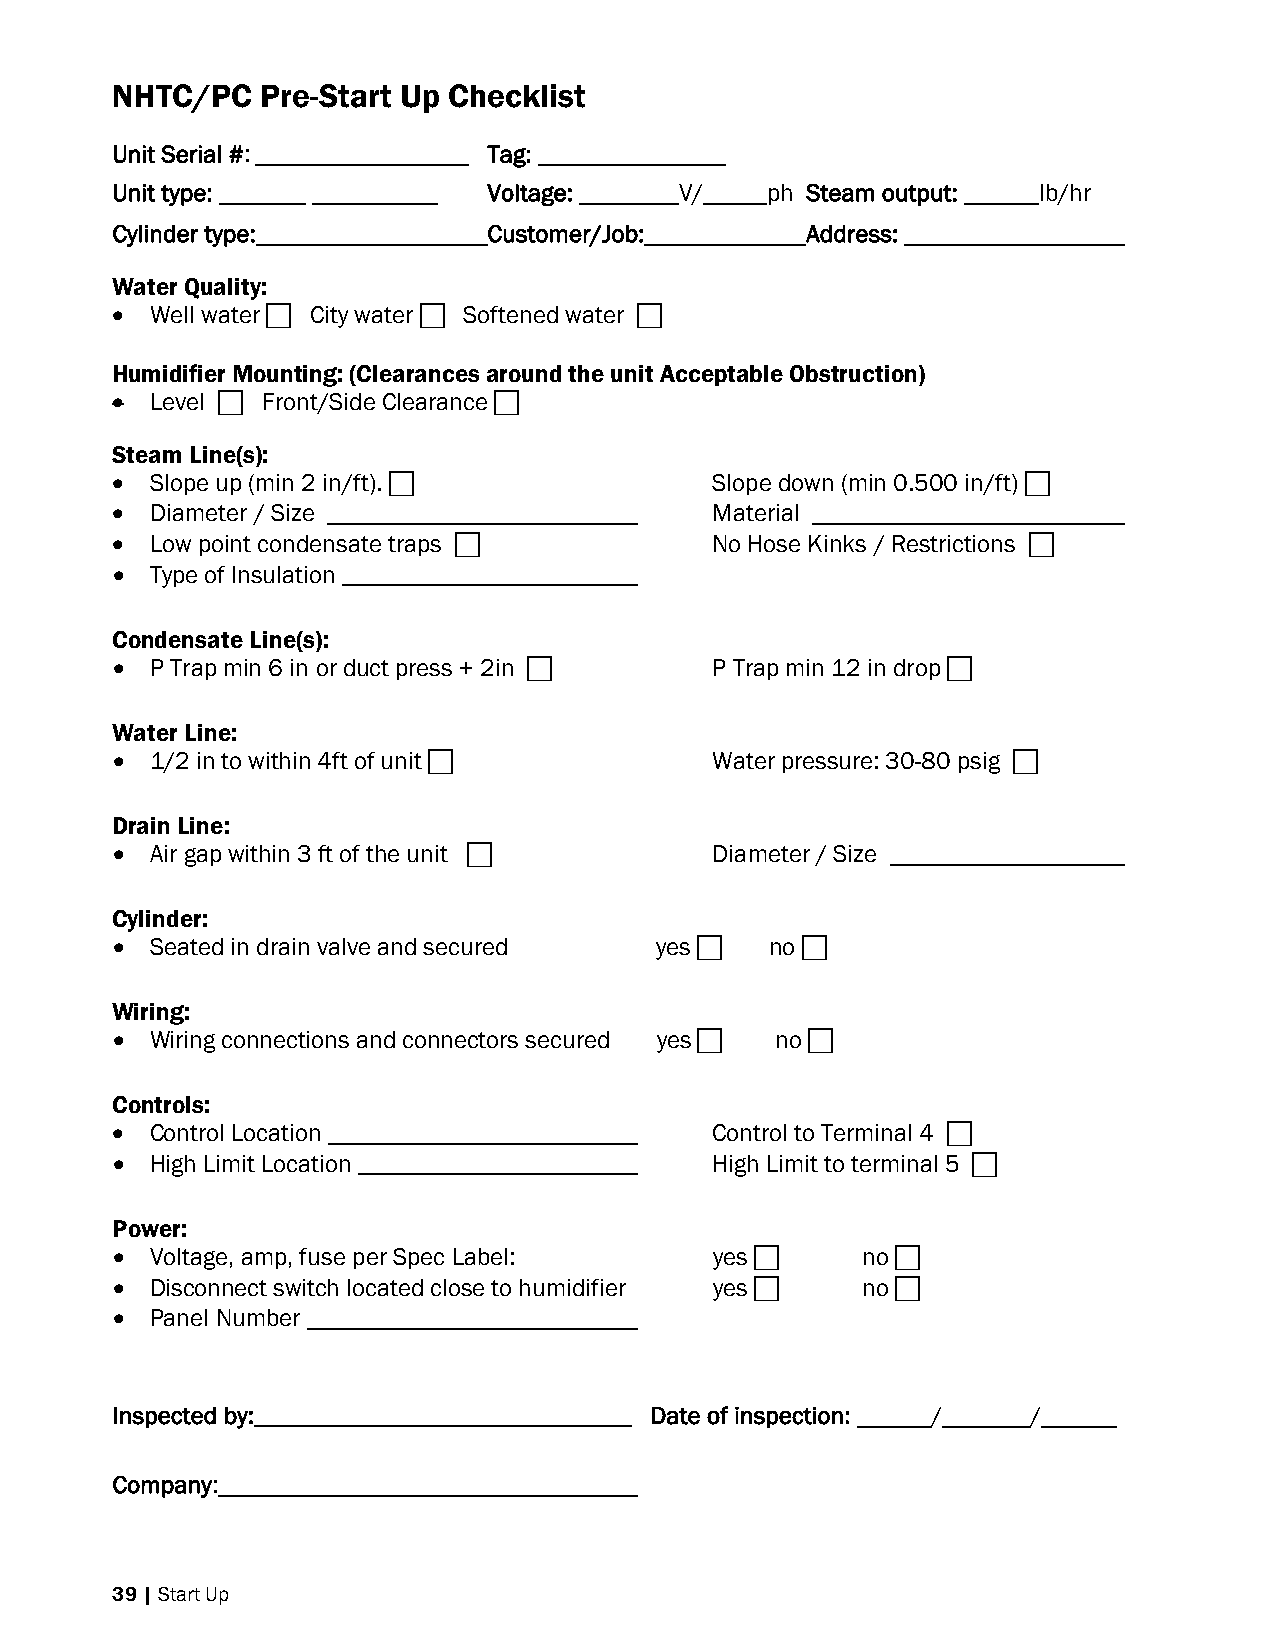
NHTC/PC   Pre-Start Up Checklist
 Unit Serial #: _________________ Tag: _______________
 Unit type: _______ __________ Voltage: ________V/_____ph Steam output: ______lb/hr
 Cylinder type:           Customer/Job:        Address:
 Water Quality:
  Well water  City water  Softened water 
 Humidifier Mounting: (Clearances around the unit Acceptable Obstruction)
  Level  Front/Side Clearance 
 Steam Line(s):
  Slope up (min 2 in/ft).             Slope down (min 0.500 in/ft) 
  Diameter / Size                      Material
  Low point condensate traps          No Hose Kinks / Restrictions 
  Type of Insulation
 Condensate Line(s):
  P Trap min 6 in or duct press + 2in  P Trap min 12 in drop 
 Water Line:
  1/2 in to within 4ft of unit        Water pressure: 30-80 psig 
 Drain Line:
  Air gap within 3 ft of the unit     Diameter / Size
 Cylinder:
  Seated in drain valve and secured yes   no 
 Wiring:
  Wiring connections and connectors secured yes  no 
 Controls:
  Control Location                     Control to Terminal 4 
  High Limit Location                  High Limit to terminal 5 
 Power:
  Voltage, amp, fuse per Spec Label:   yes      no 
  Disconnect switch located close to humidifier yes  no 
  Panel Number
 Inspected by:                       Date of inspection: ______/_______/______
 Company:
 39 | Start Up